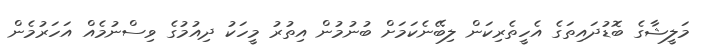
މަލީޝާގެ ބޮޑުދައިތަގެ އެހީތެރިކަން ލިބޭނެކަމަށް ބުނުމުން އިތުރު މީހަކު ދިއުމުގެ ވިސްނުމެއް އަހަރުމެން